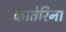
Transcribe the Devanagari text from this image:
कातेरिना